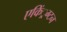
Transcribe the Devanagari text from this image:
एकिं्रग्टन